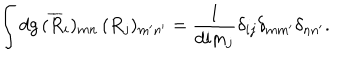
LaTeX: \int d g \, ( \overline { { { R } } } _ { i } ) _ { m n } \, ( R _ { j } ) _ { m ^ { \prime } n ^ { \prime } } = { \frac { 1 } { \mathrm { d i m } _ { j } } } \delta _ { i j } \delta _ { m m ^ { \prime } } \delta _ { n n ^ { \prime } } .